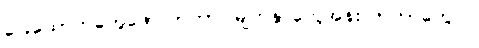
ခြေထောက်တွေဖောလာတာ၊ မျက်နှာတွေအန်းလာတာတွေပါ။